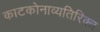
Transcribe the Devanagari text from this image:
काटकोनाव्यतिरिक्त